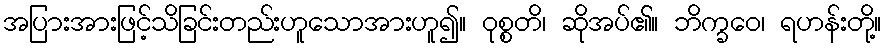
အပြားအားဖြင့်သိခြင်းတည်းဟူသောအားဟူ၍။ ဝုစ္စတိ၊ ဆိုအပ်၏။ ဘိက္ခဝေ၊ ရဟန်းတို့။